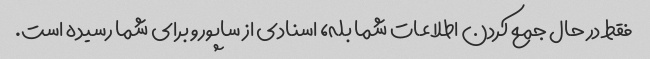
فقط در حال جمع کردن اطلاعات شما بله، اسنادی از ساپورو برای شما رسیده است.